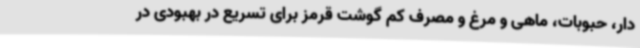
دار، حبوبات، ماهی و مرغ و مصرف کم گوشت قرمز برای تسریع در بهبودی در